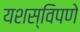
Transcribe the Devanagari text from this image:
यशस्विपणे